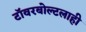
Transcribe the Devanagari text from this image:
टॉवरबोल्टलाही